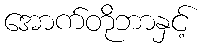
အောက်တိုဘာနှင့်